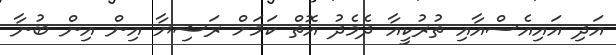
އަދި އައިއެސްއާއި ތުރުކީއާ ދެމެދު އޮތް ކަމަށް ރަޝިޔާ އިން އިން ބުނާ